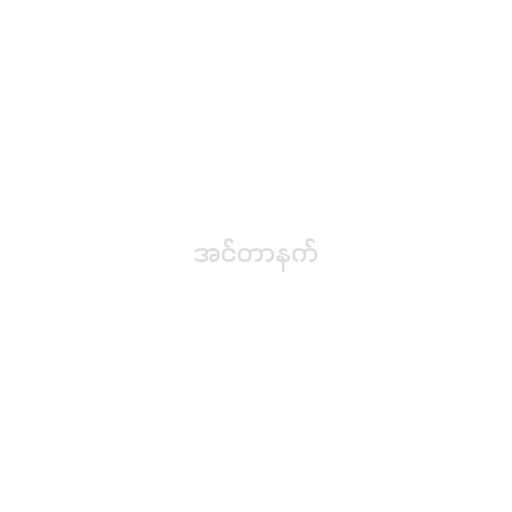
အင်တာနက်